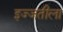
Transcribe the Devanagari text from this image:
इज्जतीला